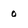
Character: o